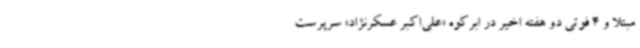
مبتلا و 4 فوتی دو هفته اخیر در ابرکوه «علی‌اکبر عسکرنژاد» سرپرست